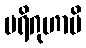
ပရိဂုဟာမိ